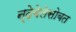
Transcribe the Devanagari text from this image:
न्देबेलेसोबत